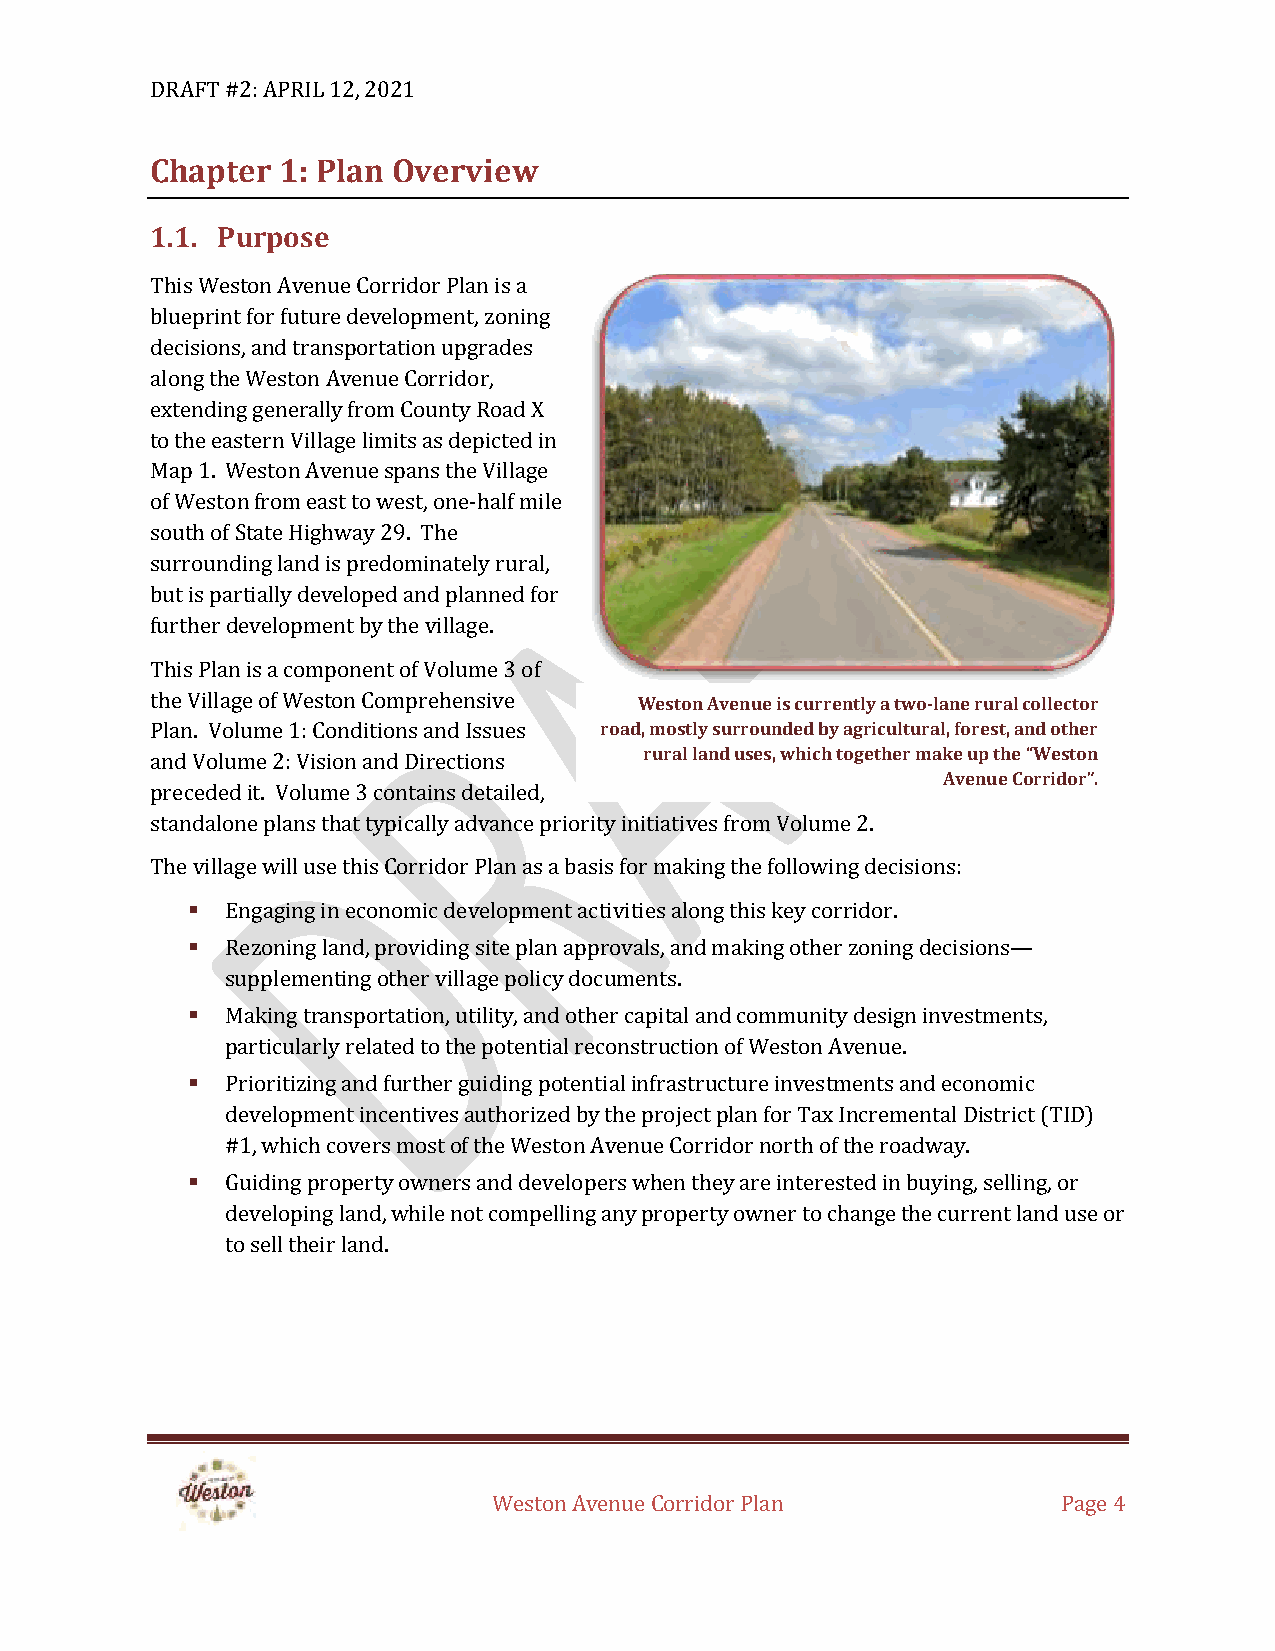
DRAFT #2: APRIL 12, 2021
 Chapter 1: Plan Overview
 1.1. Purpose
 This Weston Avenue Corridor Plan is a
 blueprint for future development, zoning
 decisions, and transportation upgrades
 along the Weston Avenue Corridor,
 extending generally from County Road X
 to the eastern Village limits as depicted in
 Map 1. Weston Avenue spans the Village
 of Weston from east to west, one-half mile
 south of State Highway 29. The
 surrounding land is predominately rural,
 but is partially developed and planned for
 further development by the village.
 This Plan is a component of Volume 3 of
 the Village of Weston Comprehensive Weston Avenue is currently a two-lane rural collector
 Plan. Volume 1: Conditions and Issues road, mostly surrounded by agricultural, forest, and other
 and Volume 2: Vision and Directions rural land uses, which together make up the “Weston
 Avenue Corridor”.
 preceded it. Volume 3 contains detailed,
 standalone plans that typically advance priority initiatives from Volume 2.
 The village will use this Corridor Plan as a basis for making the following decisions:
 ▪  Engaging in economic development activities along this key corridor.
 ▪  Rezoning land, providing site plan approvals, and making other zoning decisions—
 supplementing other village policy documents.
 ▪  Making transportation, utility, and other capital and community design investments,
 particularly related to the potential reconstruction of Weston Avenue.
 ▪  Prioritizing and further guiding potential infrastructure investments and economic
 development incentives authorized by the project plan for Tax Incremental District (TID)
 #1, which covers most of the Weston Avenue Corridor north of the roadway.
 ▪  Guiding property owners and developers when they are interested in buying, selling, or
 developing land, while not compelling any property owner to change the current land use or
 to sell their land.
 Weston Avenue Corridor Plan          Page 4